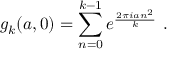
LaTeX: g _ { k } ( a , 0 ) = \sum _ { n = 0 } ^ { k - 1 } e ^ { \frac { 2 \pi i a n ^ { 2 } } { k } } ~ .